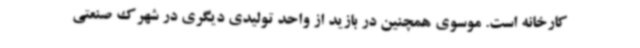
کارخانه است. موسوی همچنین در بازید از واحد تولیدی دیگری در شهرک صنعتی